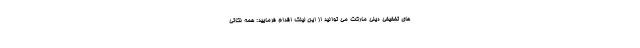
های تخفیفی دیلی مارکت می توانید از این لینک اقدام فرمایید: همه نکاتی